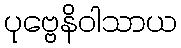
ပုဗ္ဗေနိဝါသာယ